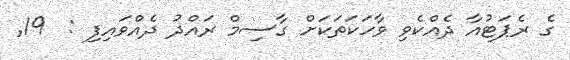
ގެ ރެޕަޓުއާ ދެއްކެވި ވާހަކަތަކަށް ގާސިމް ރައްދު ދެއްވައިފި :  19